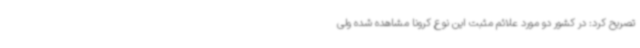
تصریح کرد: در کشور دو مورد علائم مثبت این نوع کرونا مشاهده شده ولی